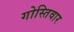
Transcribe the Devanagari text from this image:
गोस्तिवार